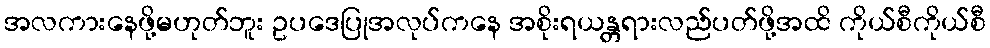
အလကားနေဖို့မဟုတ်ဘူး ဥပဒေပြုအလုပ်ကနေ အစိုးရယန္တရားလည်ပတ်ဖို့အထိ ကိုယ်စီကိုယ်စီ